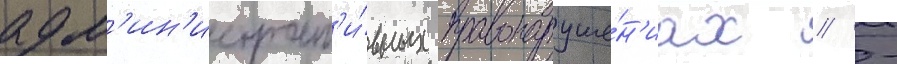
адм'ин'истрат'и́вных правонаруше́н'иах // -